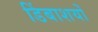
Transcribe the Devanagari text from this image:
डिंबाशयों